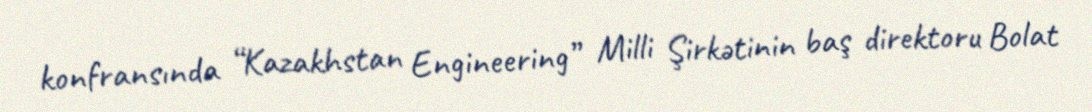
konfransında “Kazakhstan Engineering” Milli Şirkətinin baş direktoru Bolat